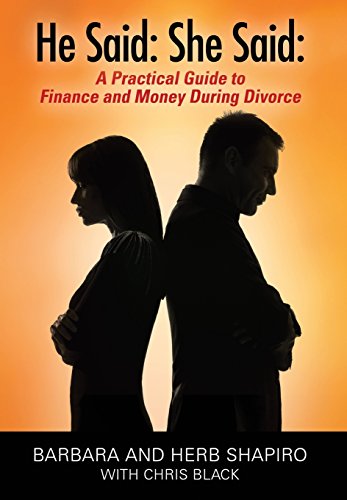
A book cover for He Said: She Said: A Practical Guide to Finance and Money During Divorce; Barbara and Herb Shapiro; Education & Teaching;